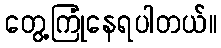
တွေ့ကြုံနေရပါတယ်။